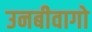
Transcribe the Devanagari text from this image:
उनबीवागो